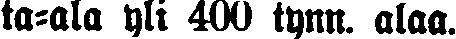
ta-ala yli 400 tynn. alaa.